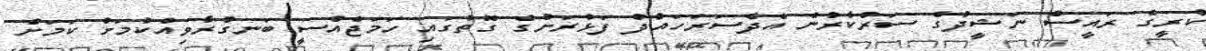
ކުރީގެ ރައީސް ނަޝީދުގެ ސަރުކާރުން އެދެސަރަހައްދު ފަޅުރަށުގެ ގޮތުގައި ހަމަޖެއްސީ ބަނގުރާވިއްކުމަށް ކަމަށް